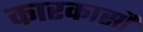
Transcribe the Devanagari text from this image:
कारकासौं